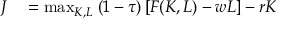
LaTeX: \begin{array} { r l } { J } & { { } = \operatorname* { m a x } _ { K , L } \; ( 1 - \tau ) \left[ F ( K , L ) - w L \right] - r K } \end{array}